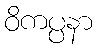
ဝိကပ္ပနာ